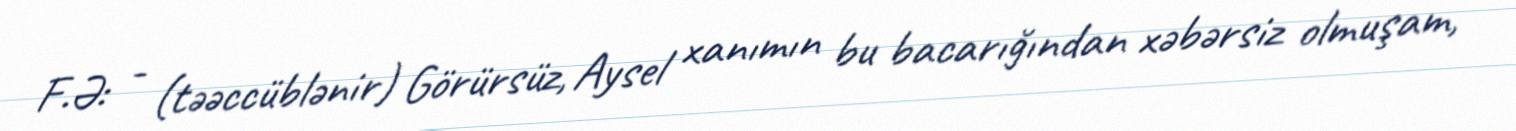
F.Ə: - (təəccüblənir) Görürsüz, Aysel xanımın bu bacarığından xəbərsiz olmuşam,